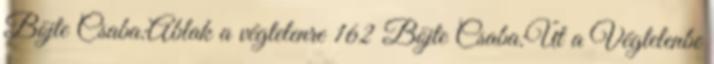
Böjte Csaba:Ablak a végtelenre 162 Böjte Csaba:Út a Végtelenbe